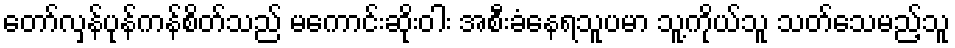
တော်လှန်ပုန်ကန်စိတ်သည် မကောင်းဆိုးဝါး အစီးခံနေရသူပမာ သူ့ကိုယ်သူ သတ်သေမည့်သူ